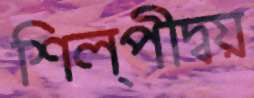
শিল্পীদ্বয়